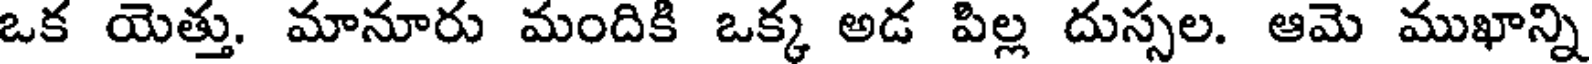
ఒక యెత్తు. మానూరు మందికి ఒక్క అడ పిల్ల దుస్సల. ఆమె ముఖాన్ని